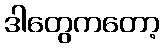
ဒါတွေကတော့